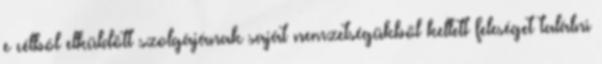
e célból elküldött szolgájának saját nemzetségükből kellett feleséget találni